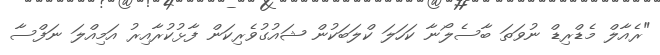
"ރެއާލް މެޑްރިޑް ނުވަތަ ބާސެލޯނާ ކަހަލަ ކްލަބަކުން ޝައުގުވެރިކަން ފާޅުކުރާއިރު އަމިއްލަ ނަފްސާ